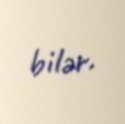
bilər.